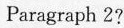
Paragraph 2?